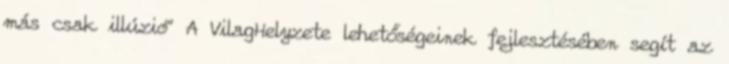
más csak illúzió" A VilagHelyzete lehetőségeinek fejlesztésében segít az